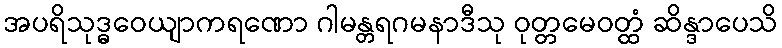
အပရိသုဒ္ဓဝေယျာကရဏော ဂါမန္တရဂမနာဒီသု ဝုတ္တမေဝတ္ထံ ဆိန္ဒာပေသိ